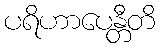
ပရိဟာပေန္တီတိ